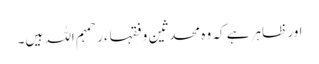
اور ظاہر ہے کہ وہ محدثین و فقہاء ر حمہم اللہ ہیں۔